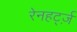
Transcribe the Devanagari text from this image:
रेनहर्ट्ज़